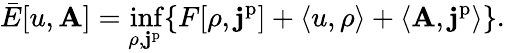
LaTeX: \bar{E}[u,\mathbf{A}]=\operatorname*{inf}_{\rho,\mathbf{j}^{\mathrm{p}}}\{ F[\rho,\mathbf{j}^{\mathrm{p}}]+\langle u,\rho\rangle+\langle\mathbf{A},\mathbf{j}^{\mathrm{p}}\rangle\} .